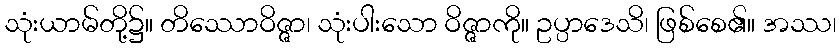
သုံးယာမ်တို့၌။ တိဿောဝိဇ္ဇာ၊ သုံးပါးသော ဝိဇ္ဇာကို။ ဥပ္ပာဒေသိ၊ ဖြစ်စေ၏။ အဿ၊